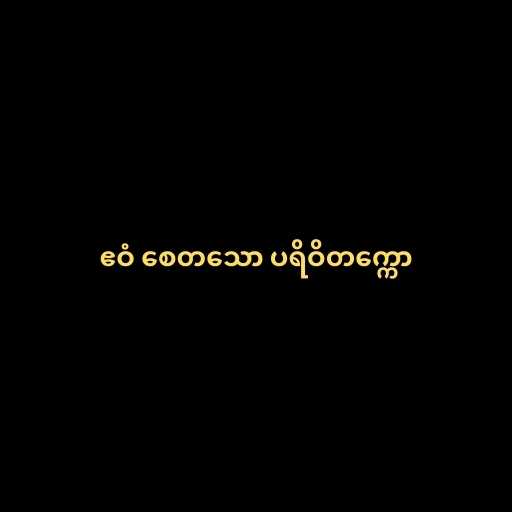
ဧဝံ စေတသော ပရိဝိတက္ကော